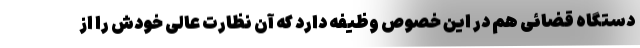
دستگاه قضائی هم در این خصوص وظیفه دارد که آن نظارت عالی خودش را از